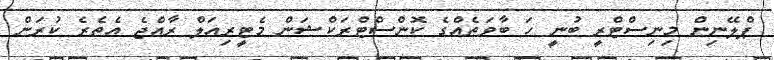
ޕްލޭނިން މިނިސްޓްރީ ބުނީ ހަ ބާވަތެއްގެ ކޮންސްޓްރަކްޝަން މެޓީރިއަލް ރާއްޖެ އެތެރެ ކުރަން